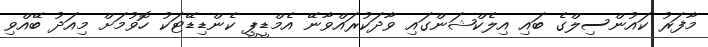
މާފަރު ކައުންސިލްގެ ބައި އިލެކްޝަންގައި ވާދަކުރައްވާނޭ އެމްޑީޕީ ކެންޑިޑޭޓަކު ހޮވުމަށް މިއަދު ބޭއްވި